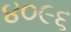
૪૦૯૬